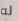
له